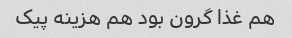
هم غذا گرون بود هم هزینه پیک